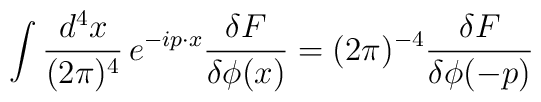
\int \frac{d^4x}{(2\pi)^4} \, e^{-ip\cdot x}\frac{\delta  F}{\delta\phi(x)}=(2\pi)^{-4}\frac{\delta F}{\delta\phi(-p)}